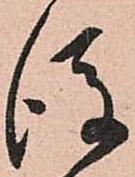
後